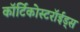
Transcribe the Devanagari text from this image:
कॉर्टिकोस्टरॉईड्स